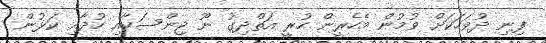
ފިނި ދުވަހަކަށް ވުމުން މެހެރީން ހުރީ އަތްދިގު ނޫ ޖިންސަކާއި ހުދާއި ކަޅުން